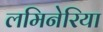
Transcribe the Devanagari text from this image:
लमिनेरिया